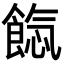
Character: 𩜐